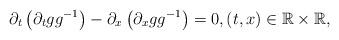
LaTeX: \begin{align*}\partial_t\left(\partial_t g g^{-1}\right) -\partial_x\left( \partial_x g g^{-1} \right)=0, (t,x)\in \mathbb R\times \mathbb R,\end{align*}